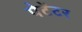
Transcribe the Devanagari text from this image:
पेटेंटर